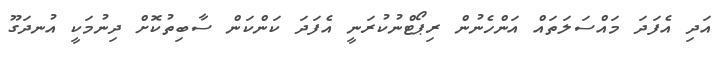
އަދި އެފަދަ މައްސަލަތައް އަންހެނުން ރިޕޯޓްނުކުރަނީ އެފަދަ ކަންކަން ސާބިތުކޮށް ދިނުމަކީ އުނދަގޫ